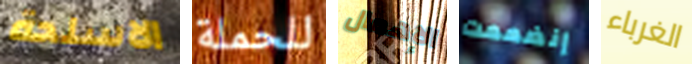
الاسلحة للحملة الإهمال إنضممت الغرباء